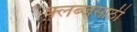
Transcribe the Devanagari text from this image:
क्लब्जसाठी